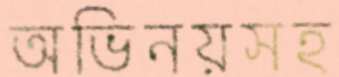
অভিনয়সহ